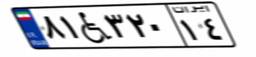
۸۱W۳۲۰۱۴